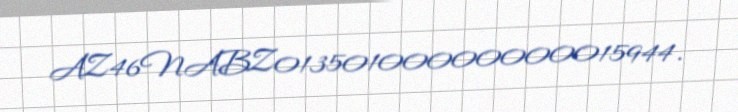
AZ46NABZ01350100000000015944.